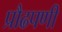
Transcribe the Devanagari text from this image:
प्रौढपणी